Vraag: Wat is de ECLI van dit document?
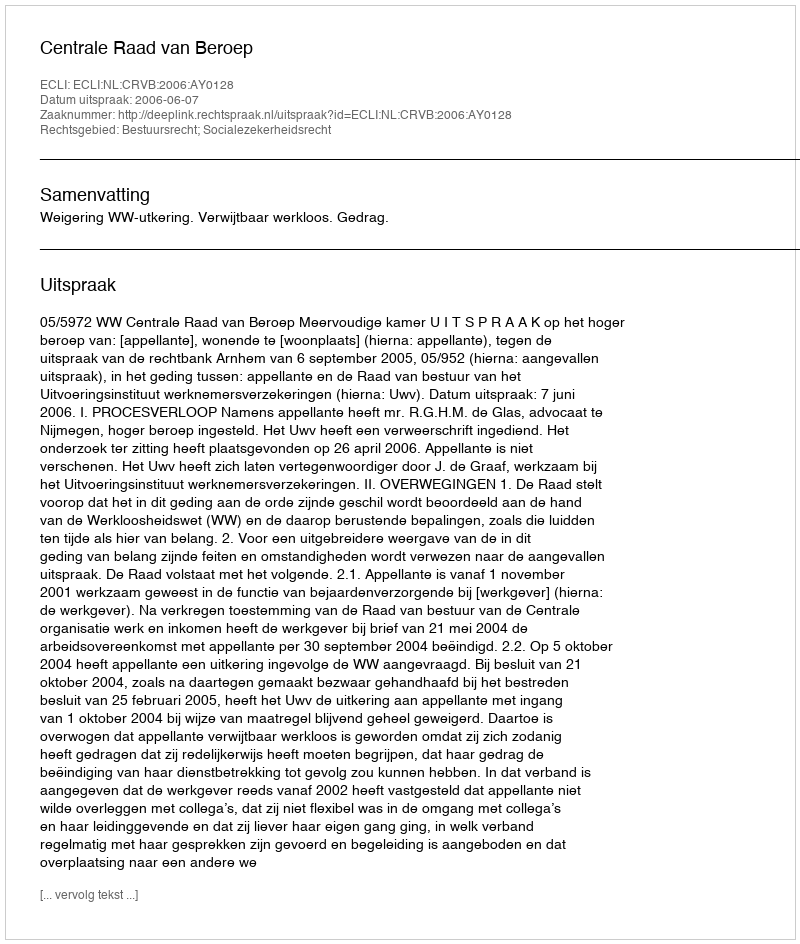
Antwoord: ECLI:NL:CRVB:2006:AY0128